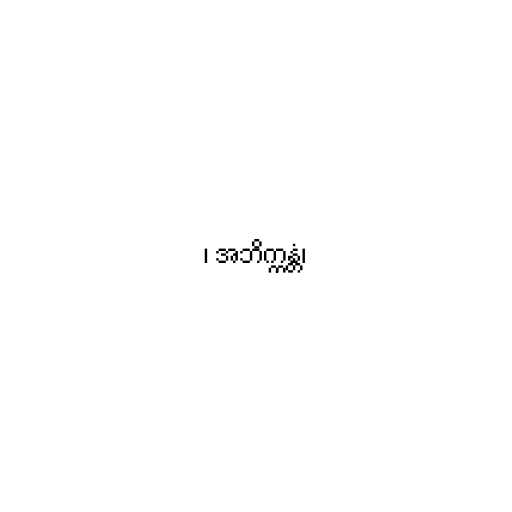
၊ အဘိက္ကန္တံ၊